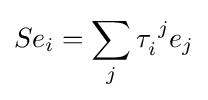
Se_{i}=\sum _{j}\tau _{i}^{\;j}e_{j}